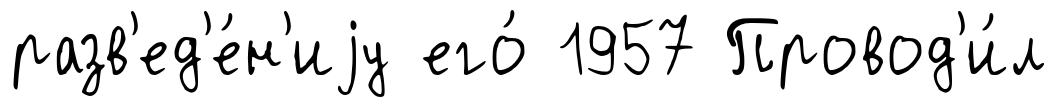
разв'ед'е́н'иjу его́ 1957 Провод'и́л